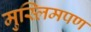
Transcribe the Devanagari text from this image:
मुस्लिमपण